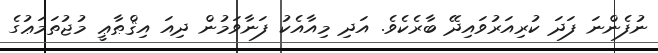
ނުފެންނަ ފަދަ ކުރިއަރުވައިދޭ ބާރެކެވެ. އަދި މިއާއެކު ފަނާވަމުން ދިއަ އިޤްޠާޢީ މުޖުތަމަޢުގެ